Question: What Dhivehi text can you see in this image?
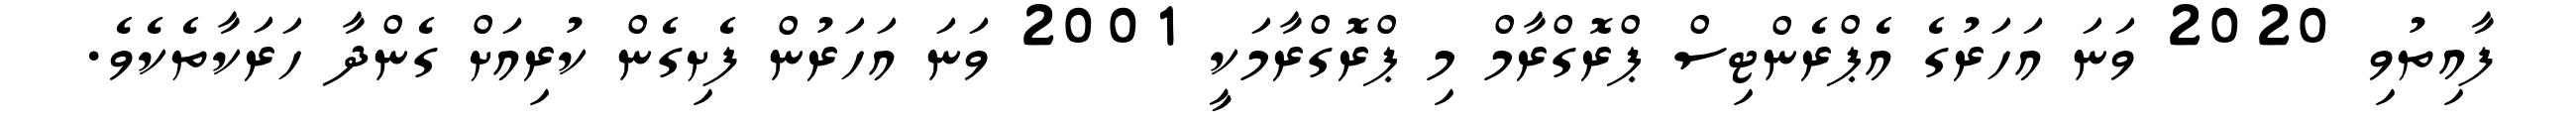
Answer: ފާއިތުވި 2020 ވަނަ އަހަރުގެ އެޕްރެންޓިސް ޕްރޮގްރާމް މި ޕްރޮގްރާމަކީ 2001 ވަނަ އަހަރުން ފެށިގެން ކުރިއަށް ގެންދާ ހަރަކާތެކެވެ.